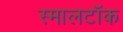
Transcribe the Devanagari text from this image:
स्मालटॉक